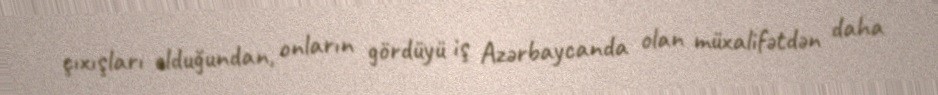
çıxışları olduğundan, onların gördüyü iş Azərbaycanda olan müxalifətdən daha